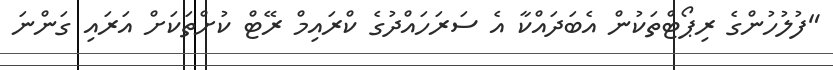
"ފުލުހުންގެ ރިޕޯޓްތަކުން އެބަދައްކާ އެ ސަރަހައްދުގެ ކްރައިމް ރޭޓް ކުށްތަކަށް އަރައި ގަންނަ